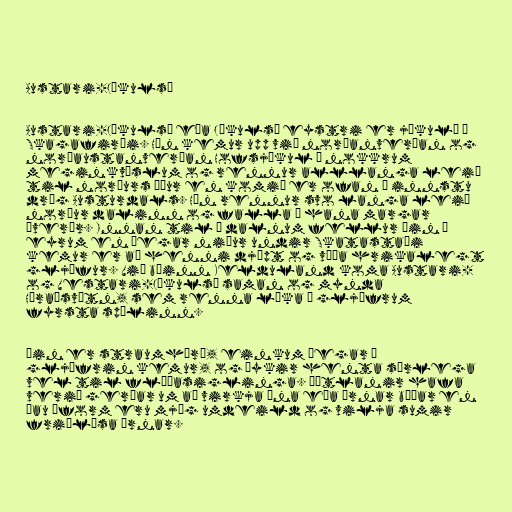
Austari-Jökulsá

Austari-Jökulsá eða Jökulsá eystri er jökulá í
Skagafirði. Hún kemur upp við norðanverðan og
norðaustanverðan Hofsjökul í nokkrum
meginkvíslum og rennur alllanga leið
til norðurs áður en komið er ofan í innstu
drög Austurdals. Hún rennur svo langa leið
norður dalinn og falla í hana margar
þverár. Innan til í dalnum fellur áin á
eyrum en þegar niður undir Skatastaði
kemur er að henni djúpt og víða hrikalegt
gljúfur. Við bæinn Kelduland koma Austari-
og Vestari-Jökulsá saman og mynda
Héraðsvötn, sem renna líka í gljúfrum
fyrsta spölinn.

Áin er straumhörð, einkum þegar í
gljúfrin kemur, og þykir henta sérlega
vel til flúðasiglinga. Áætlanir hafa
verið gerðar um að virkja ána eða árnar báðar en
þau áform eru mjög umdeild og vilja sumir
friðlýsa árnar.